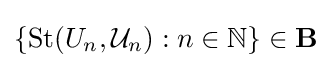
\{{\text{St}}(U_{n},{\mathcal {U}}_{n}):n\in \mathbb {N} \}\in \mathbf {B}